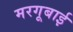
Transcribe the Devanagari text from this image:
मरगूबाई